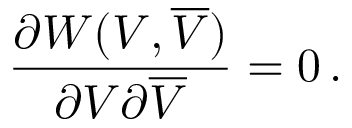
\frac { \partial W ( V , \overline { { V } } ) } { \partial V \partial \overline { { V } } } = 0 \, .